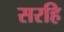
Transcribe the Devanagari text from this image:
सरहि